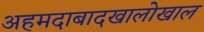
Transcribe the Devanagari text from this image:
अहमदाबादखालोखाल